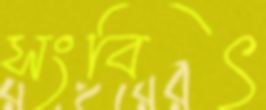
সংবিৎ